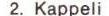
2. Kappeli